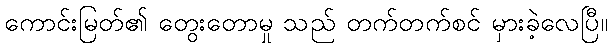
ကောင်းမြတ်၏ တွေးတောမှု သည် တက်တက်စင် မှားခဲ့လေပြီ။